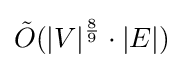
{\tilde {O}}(|V|^{\frac {8}{9}}\cdot |E|)